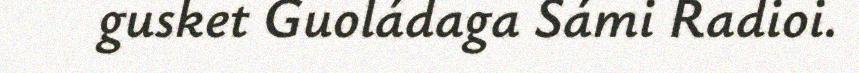
gusket Guoládaga Sámi Radioi.